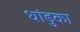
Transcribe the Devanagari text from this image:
धांडुका